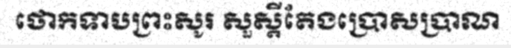
ថោកទាបព្រះសូរ សួស្តីតែងប្រោសប្រាណ